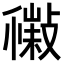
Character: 𢿹